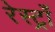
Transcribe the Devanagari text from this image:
रेस्ट्राँ